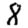
Digit: 8